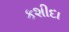
કશીદા